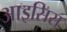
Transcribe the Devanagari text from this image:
आइसिस्